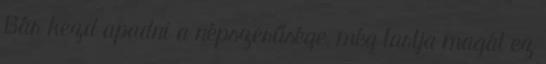
Bár kezd apadni a népszerűsége, még tartja magát ez